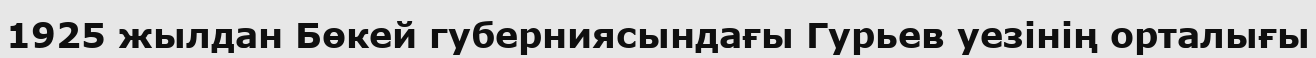
1925 жылдан Бөкей губерниясындағы Гурьев уезінің орталығы